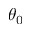
\theta _ { 0 }